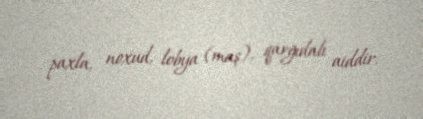
paxla, noxud, lobya (maş), qarğıdalı aiddir.